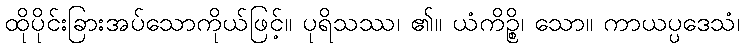
ထိုပိုင်းခြားအပ်သောကိုယ်ဖြင့်။ ပုရိသဿ၊ ၏။ ယံကိဉ္စိ၊ သော။ ကာယပ္ပဒေသံ၊